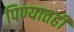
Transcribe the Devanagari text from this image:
पिण्यातही